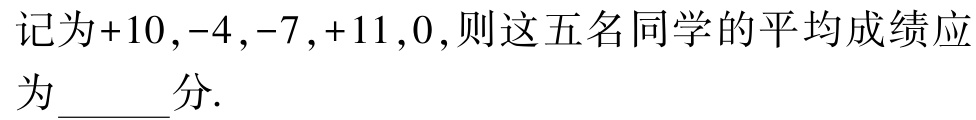
记为+10,-4,-7,+11,0,则这五名同学的平均成绩应为______分.